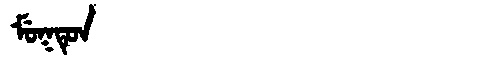
Manchu: ᠮᡠᡴᡨᡠᠨ
Romanization: MUKTUN